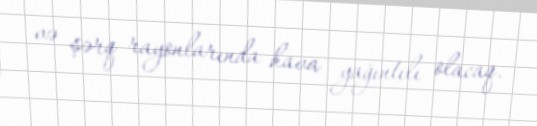
və şərq rayonlarında hava yağıntılı olacaq.